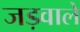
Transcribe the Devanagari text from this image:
जड़वाले